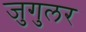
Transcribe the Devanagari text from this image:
जुगुलर